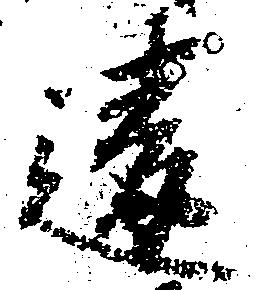
違